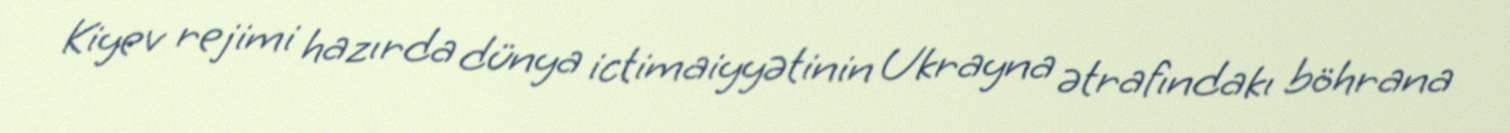
Kiyev rejimi hazırda dünya ictimaiyyətinin Ukrayna ətrafındakı böhrana